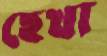
হেখা